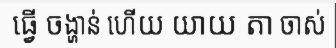
ធ្វើ ចង្ហាន់ ហើយ យាយ តា ចាស់